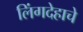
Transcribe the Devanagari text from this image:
लिंगदेहाचे